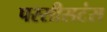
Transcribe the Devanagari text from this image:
परसीसटंस